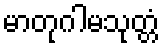
မာတုဂါမသုတ္တံ